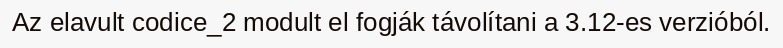
Az elavult codice_2 modult el fogják távolítani a 3.12-es verzióból.